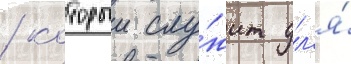
/ которыи слу́жит дл'я́